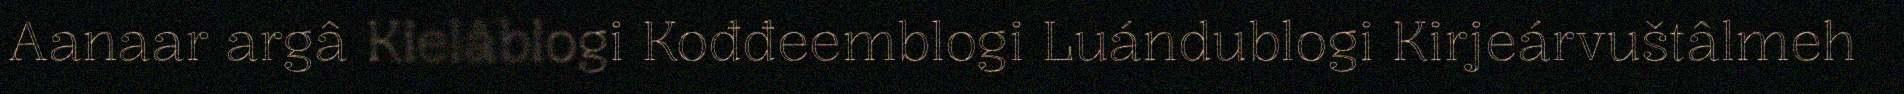
Aanaar argâ Kielâblogi Kođđeemblogi Luándublogi Kirjeárvuštâlmeh